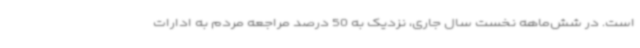
است. در شش‌ماهه نخست سال جاری، نزدیک به 50 درصد مراجعه مردم به ادارات